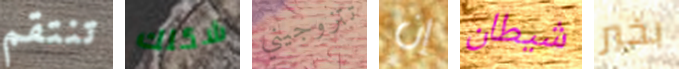
تنتقم شكلك تتزوجيني إن شيطان بخير